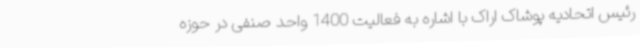
رئیس اتحادیه پوشاک اراک با اشاره به فعالیت 1400 واحد صنفی در حوزه